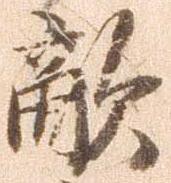
敵